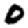
Digit: 0